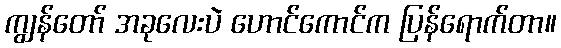
ကျွန်တော် အခုလေးပဲ ဟောင်ကောင်က ပြန်ရောက်တာ။